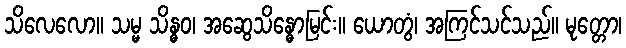
သိလေလော။ သမ္မ သိန္ဓဝ၊ အဆွေသိန္ဓောမြင်း။ ယောတွံ၊ အကြင်သင်သည်။ မုတ္တော၊